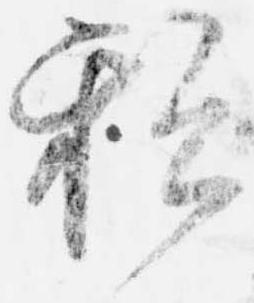
私